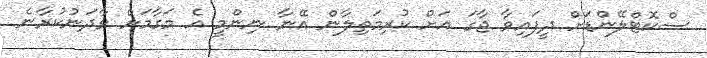
ސްކޮޓްލޭންޑަށް ދީފައިވާ ޖާގަ އަށް ކުރިމަތިލާން އޭނާ ނިންމީ އެ މަގާމަށް ވާދަނުކުރާނެ